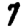
Digit: 7